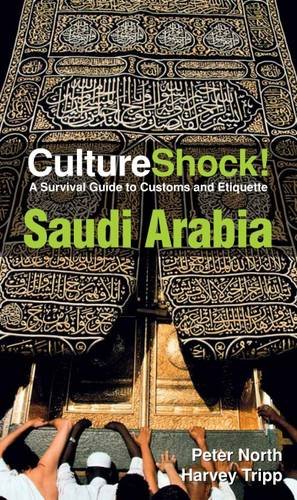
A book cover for Cultureshock Saudi Arabia (Cultureshock Saudi Arabia: A Survival Guide to Customs & Etiquette); Peter North; Travel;